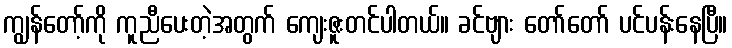
ကျွန်တော့်ကို ကူညီပေးတဲ့အတွက် ကျေးဇူးတင်ပါတယ်။ ခင်ဗျား တော်တော် ပင်ပန်းနေပြီ။